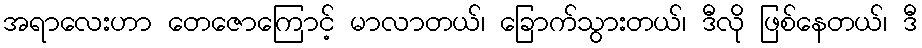
အရာလေးဟာ တေဇောကြောင့် မာလာတယ်၊ ခြောက်သွားတယ်၊ ဒီလို ဖြစ်နေတယ်၊ ဒီ